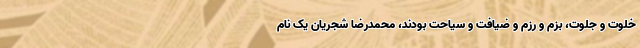
خلوت و جلوت، بزم‌ و رزم و ضیافت و سیاحت بودند، محمدرضا شجریان یک نام